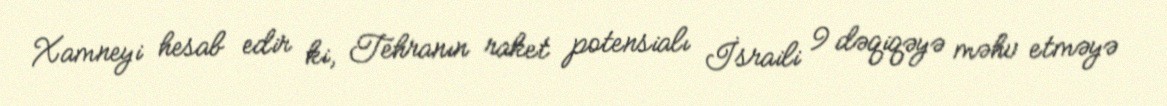
Xamneyi hesab edir ki, Tehranın raket potensialı İsraili 9 dəqiqəyə məhv etməyə